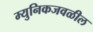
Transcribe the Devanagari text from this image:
म्युनिकजवळील